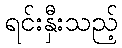
ရင်းနှီးသည့်